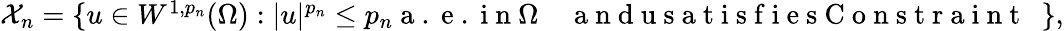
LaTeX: \begin{array}{r}{\mathcal X_{n}=\{ u\in W^{1,p_{n}}(\Omega):|u|^{p_{n}}\leq p_{n}\mathrm{~a~.~e~.~i~n~}\Omega\quad\mathrm{~a~n~d~u~s~a~t~i~s~f~i~e~s~C~o~n~s~t~r~a~i~n~t~~~}\} ,}\end{array}